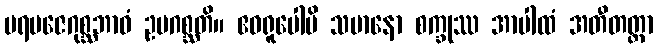
ပရမဇေဂုစ္ဆဘာဝံ ဥပဂစ္ဆတိ။ ဧဝရူပေါပိ သမာနော စက္ခုဿ အာပါထံ အတီတတ္တာ